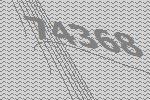
74368